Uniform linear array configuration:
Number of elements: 12
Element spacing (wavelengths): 0.75
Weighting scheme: hamming
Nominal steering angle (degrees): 60
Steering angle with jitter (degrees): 60.209
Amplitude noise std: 0.05
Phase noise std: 0.05

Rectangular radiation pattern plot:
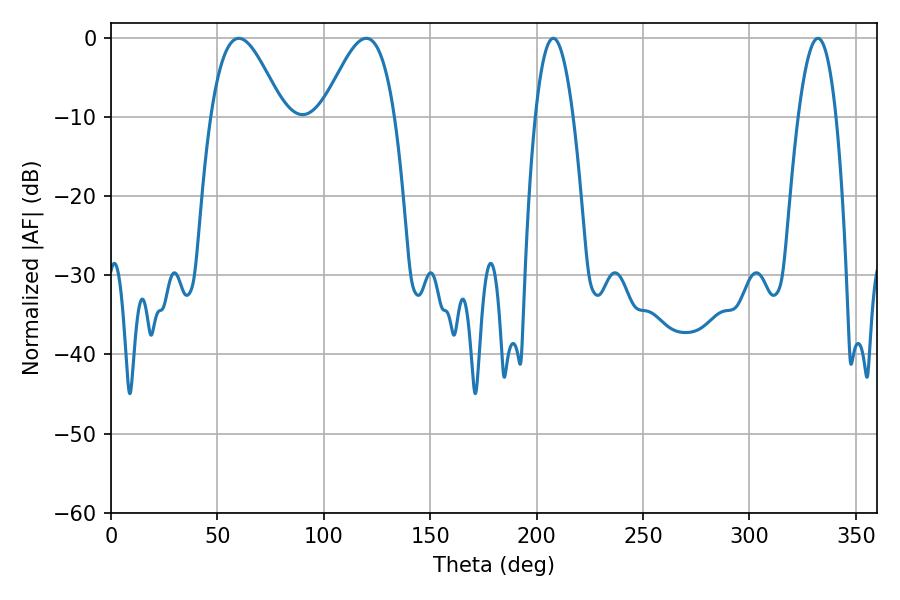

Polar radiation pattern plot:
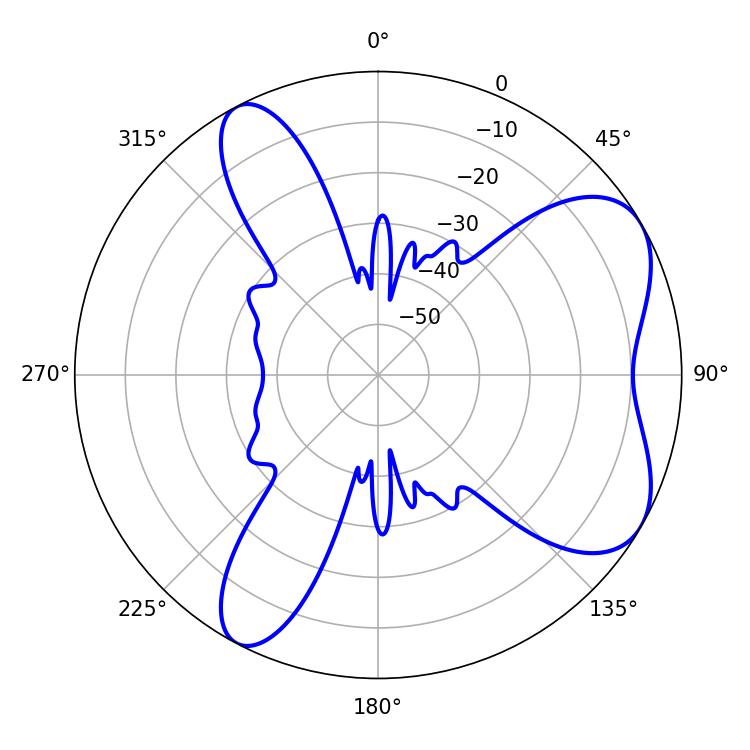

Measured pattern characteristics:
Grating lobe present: TRUE
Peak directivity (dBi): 6.325
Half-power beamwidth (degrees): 18.36
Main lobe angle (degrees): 60.12